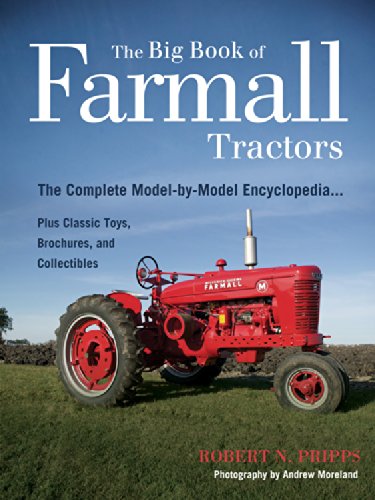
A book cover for The Big Book of Farmall Tractors: The Complete Model-By-Model Encyclopedia.Plus Classic Toys, Brochures, and Collectibles (The Big Book Series); Robert N. Pripps; Crafts, Hobbies & Home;